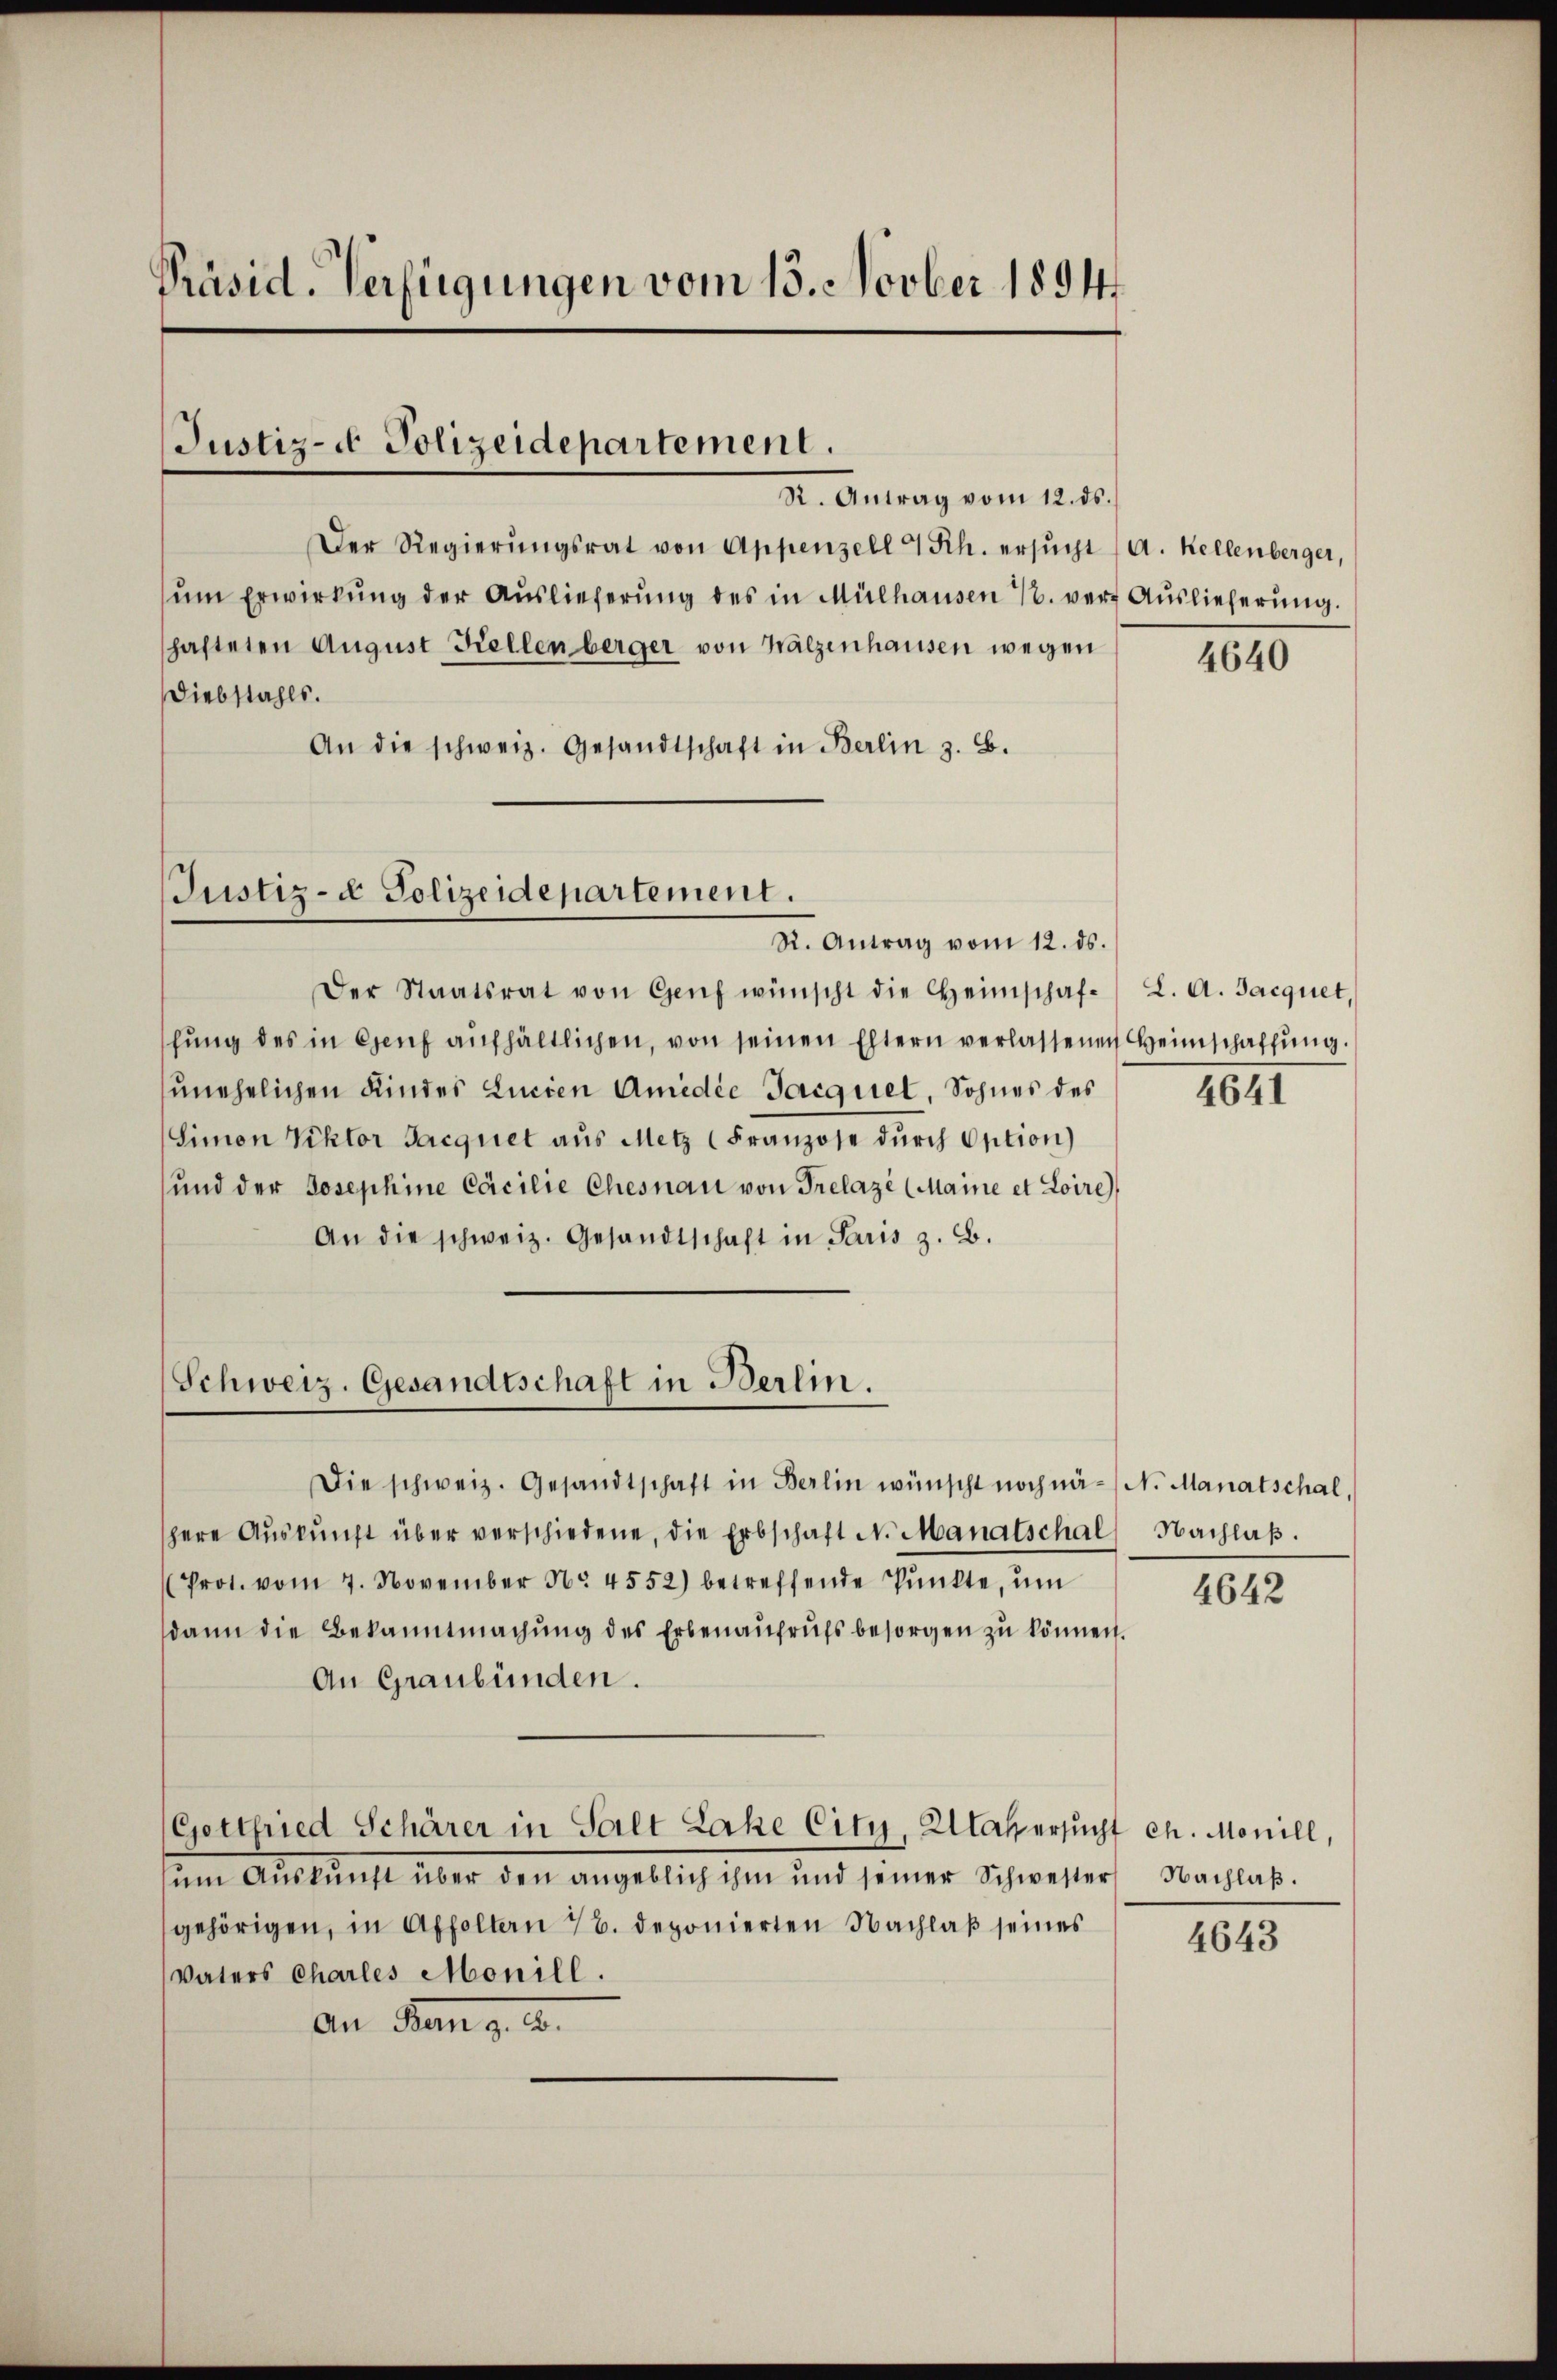
Präsid. Verfügungen vom 15. Novber 1894

Justiz- & Polizeidepartement.

Der Regierŭngsrat von Appenzell 4 Rh. ersŭcht (A. Kellenberger,
ŭm Erwirkŭng der Aŭslieferŭng des in Mülhausen 1. vert Auslieferŭng.
hafteten August Kellenberger von Walzenhausen wegen
Diebstahls.
An die schweiz. Gesandtschaft in Berlin z. B.

Justiz- & Polizeidepartement.
R. Antrag vom 12. ds.

Der Staatsrat von Genf wünscht die Heimschafhŭng des in Genf aufhältlichen, von seinen Eltern verlassenen Heimschaffung.
ŭnehelichen Kindes Lucien Amidie Jacquet, Sohnes des
Simon Rektor Jacquet aus Metz (Franzose dŭrch Option)
ŭnd der Josephine Cocilie Chesnau von Prelaze (Maine et Loire),
An die schweiz. Gesandtschaft in Paris z. B.
Schweiz. Gesandtschaft in Berlin.

R. Antrag vom 12. ds.

Die schweiz. Gesandtschaft in Berlin wünscht noch nä- N. Manatschal,
here Aŭskŭnft über verschiedene, die Erbschaft N. Manatschal Nachlaβ.
(Prot. vom 7. November Nr. 4552) betreffende Pŭnkte, um
dann die Bekanntmachung des Erbenaufrufs besorgen zu können.
An Graubünden.
Gottfried Schärer in Salt Lahe City, Matersucht ch. Monill,
ŭm Aŭskŭnft über den angeblich ihm und seiner Schwester Nachlaβ.
gehörigen, in Affoltern 7. deponierten Nachlaß seines
Vaters Charles Monill.
An Man p. 2.

4640

L. A. Jacquet,
4641

4642

4643